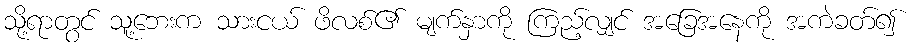
သို့ရာတွင် သူ့ဘေးက သားငယ် ဖိလစ်၏ မျက်နှာကို ကြည့်လျှင် အခြေအနေကို အကဲခတ်၍